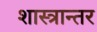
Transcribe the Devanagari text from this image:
शास्त्रान्तर